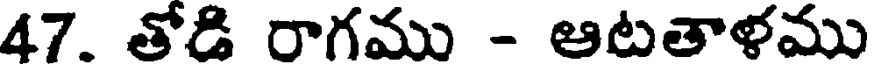
47. తోడి రాగము - ఆటతాళము